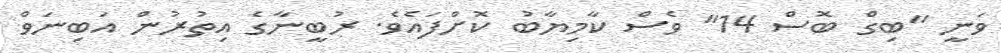
ވަނީ "ބިގް ބޮސް 14" ވެސް ކާމިޔާބު ކޮށްފައެވެ. ރުބީނާގެ އިތުރުން އަބިނަވް